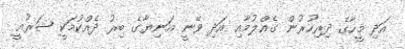
އަދި މީހާގެ ދިރިހުރުން ގެއްލުމާއި އަދި ވޭނީ އަނިޔާގެ ބިރު ދެއްކުމަކީ ޝަރުޢީ